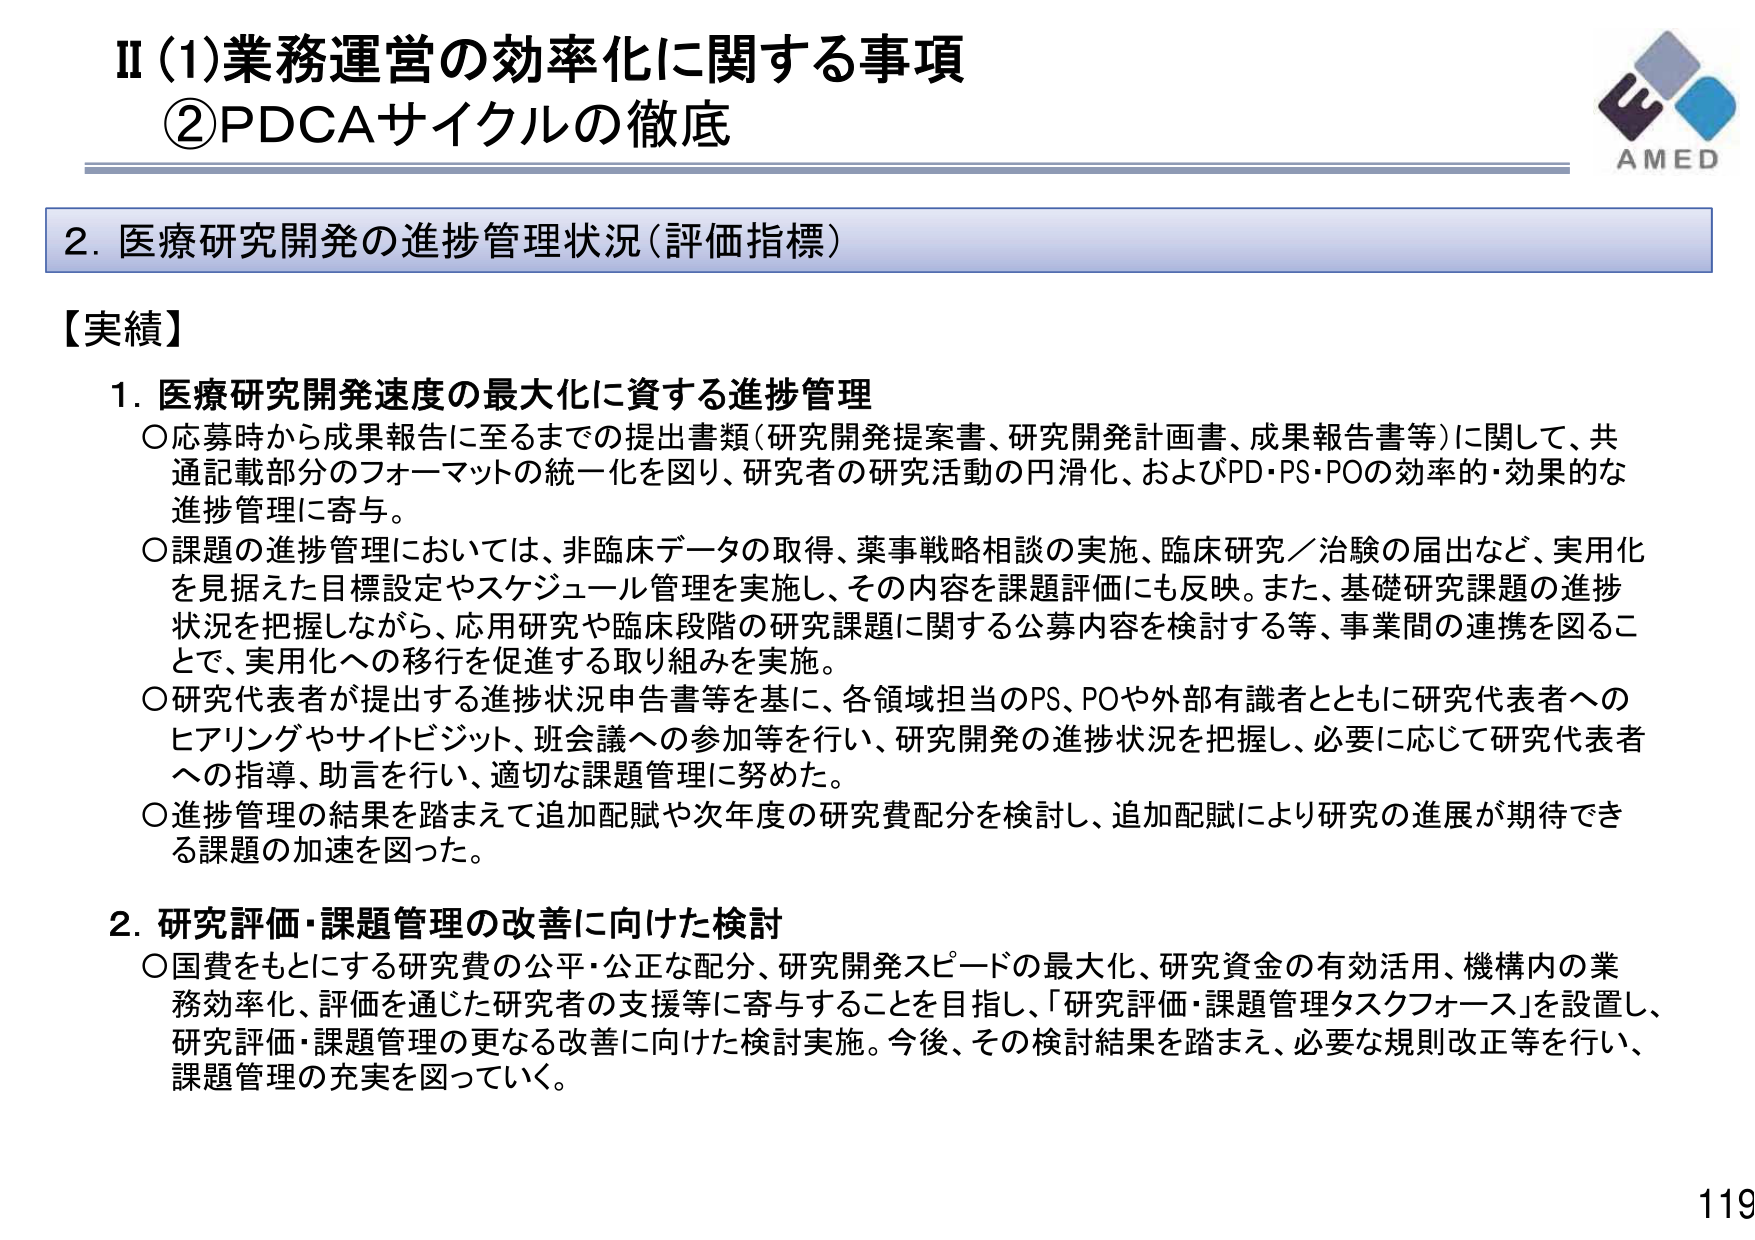
II (1)業務運営の効率化に関する事項
②PDCＡサイクルの徹底

2. 医療研究開発の進捗管理状況（評価指標）

【実績】

1. 医療研究開発速度の最大化に資する進捗管理
○応募時から成果報告に至るまでの提出書類（研究開発提案書、研究開発計画書、成果報告書等）に関して、共通記載部分のフォーマットの統一化を図り、研究者の研究活動の円滑化、およびPD・PS・POの効率的・効果的な進捗管理に寄与。
○課題の進捗管理においては、非臨床データの取得、薬事戦略相談の実施、臨床研究／治験の届出など、実用化を見据えた目標設定やスケジュール管理を実施し、その内容を課題評価にも反映。また、基礎研究課題の進捗状況を把握しながら、応用研究や臨床段階の研究課題に関する公募内容を検討する等、事業間の連携を図ることで、実用化への移行を促進する取り組みを実施。
○研究代表者が提出する進捗状況申告書等を基に、各領域担当のPS、POや外部有識者とともに研究代表者へのヒアリングやサイトビジット、班会議への参加等を行い、研究開発の進捗状況を把握し、必要に応じて研究代表者への指導、助言を行い、適切な課題管理に努めた。
○進捗管理の結果を踏まえて追加配賦や次年度の研究費配分を検討し、追加配賦により研究の進展が期待できる課題の加速を図った。

2. 研究評価・課題管理の改善に向けた検討
○国費をもとにする研究費の公平・公正な配分、研究開発スピードの最大化、研究資金の有効活用、機構内の業務効率化、評価を通じた研究者の支援等に寄与することを目指し、「研究評価・課題管理タスクフォース」を設置し、研究評価・課題管理の更なる改善に向けた検討実施。今後、その検討結果を踏まえ、必要な規則改正等を行い、課題管理の充実を図っていく。

AMED
119